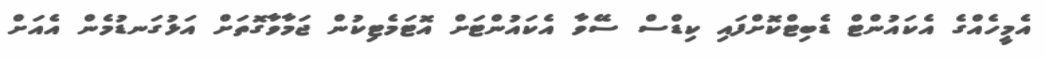
އެމީހެއްގެ އެކައުންޓް ޑެބިޓްކޮށްފައި ކިޑްސް ސޭވާ އެކައުންޓަށް އޮޓަމެޓިކުން ޖަމާވާގޮތަށް އަޅުގަނޑުމެން އެއަށް